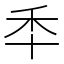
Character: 𮂯